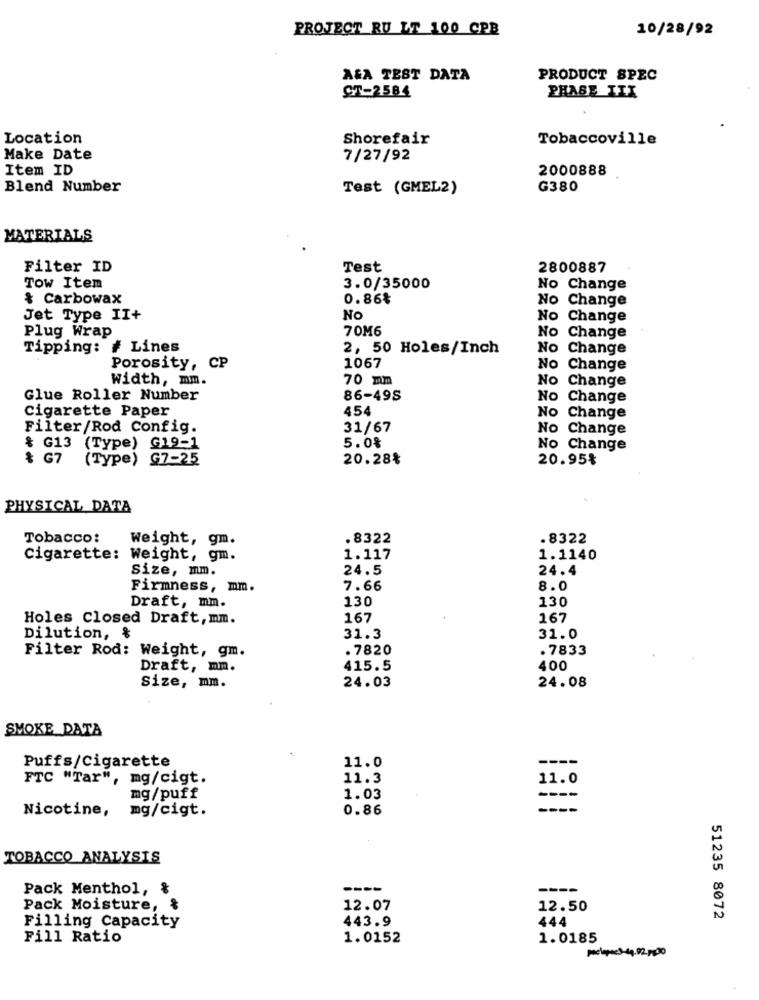
PROJECT RU LT 100 CPB
10/28/92
A&A TEST DATA
PRODUCT SPEC
CT-2584
PHASE III
Location
Shorefair
Tobaccoville
Make Date
7/27/92
Item ID
2000888
Blend Number
Test (GMEL2)
G380
MATERIALS
Filter ID
Test
2800887
Tow Item
3.0/35000
No Change
& Carbowax
0.86₺
No Change
Jet Type II+
NO
No Change
70M6
No Change
Plug Wrap
Tipping: # Lines
2, 50 Holes/Inch
No Change
Porosity, CP
1067
No Change
width, mm.
70 mm
No Change
Glue Roller Number
86-495
No Change
cigarette Paper
454
No Change
Filter/Rod Config.
31/67
No Change
& G13 (Type) G19-1
5.0%
No Change
& G7
(Type) G7-25
20.28%
20.95%
PHYSICAL DATA
Tobacco:
Weight, gm.
.8322
.8322
Cigarette: Weight, gm.
1.117
1.1140
size, mm.
24.5
24.4
Firmness, mm.
7.66
8.0
130
130
Draft, mm.
Holes Closed Draft,mm.
167
167
Dilution, &
31.3
31.0
. 7820
. 7833
Filter Rod: Weight, gm.
Draft, mm.
415.5
400
24.08
size, mm.
24.03
SMOKE_DATA
11.0
----
Puffs/Cigarette
FTC "Tar", mg/cigt.
11.3
11.0
mg/puff
1.03
--
Nicotine,
mg/cigt.
0.86
TOBACCO ANALYSIS
Pack Menthol, &
----
----
Pack Moisture, &
12.07
12.50
Filling Capacity
443.9
444
51235 8072
Fill Ratio
1.0152
1.0185
Melopases-44.02 px00